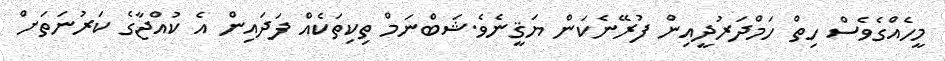
މީހެއްގެވެސް ހިތް ހަމްދަރުދީއިން ފުރޭނެކަން ޔަޤީނެވެ.ޝަބްނަމް ތިކިތަކެއް ފަދައިން އެ ކުއްޖާގެ ކަރުނަތަށް